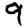
Digit: 9